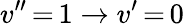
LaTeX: v^{\prime\prime}\, {=}\, 1\rightarrow v^{\prime}\, {=}\, 0